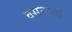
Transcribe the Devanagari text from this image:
वसनभाई